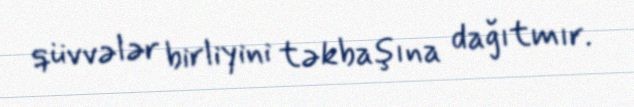
qüvvələr birliyini təkbaşına dağıtmır.